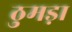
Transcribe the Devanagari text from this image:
ठुमड़ा